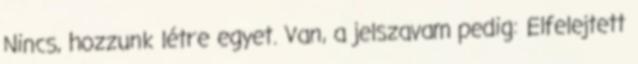
Nincs, hozzunk létre egyet. Van, a jelszavam pedig: Elfelejtett